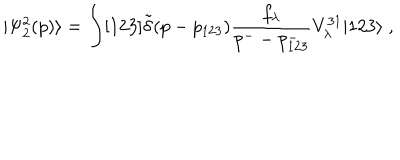
| \Psi _ { 2 } ^ { 2 } ( p ) \rangle = \int [ 1 2 3 ] \tilde { \delta } ( p - p _ { 1 2 3 } ) \frac { f _ { \lambda } } { p ^ { - } - p _ { 1 2 3 } ^ { - } } V _ { \lambda } ^ { 3 1 } | 1 2 3 \rangle \; ,